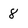
Character: 8